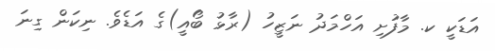
އަޑަކީ ކ. މާފުށި އަހްމަދު ނަޒީހު (ރާޅު ބޯއީ)ގެ އަޑެވެ. ނިކަން ގިނަ